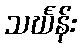
သင်္ဃန်း